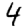
Digit: 4